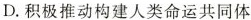
D.积极推动构建人类命运共同体